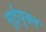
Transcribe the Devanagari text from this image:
सूईयुक्त